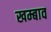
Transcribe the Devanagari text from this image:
खम्बाव